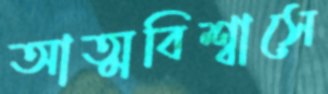
আত্মবিশ্বাসে